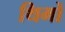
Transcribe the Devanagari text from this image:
थिमों